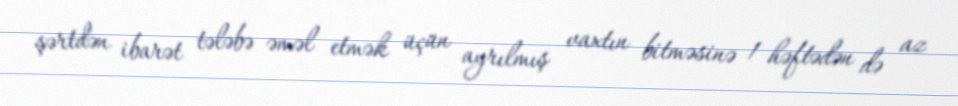
şərtdən ibarət tələbə əməl etmək üçün ayrılmış vaxtın bitməsinə 1 həftədən də az